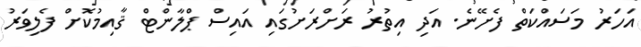
އަހަރު މަސައްކަތް ފެށޭނެ. އަދި އިތުރު ރަށްރަށުގައި އައިސް ޕްލާންޓް ޤާއިމުކޮށް ފެލިވަރު